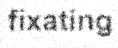
fixating